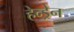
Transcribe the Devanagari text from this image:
हेन्ड्रेन